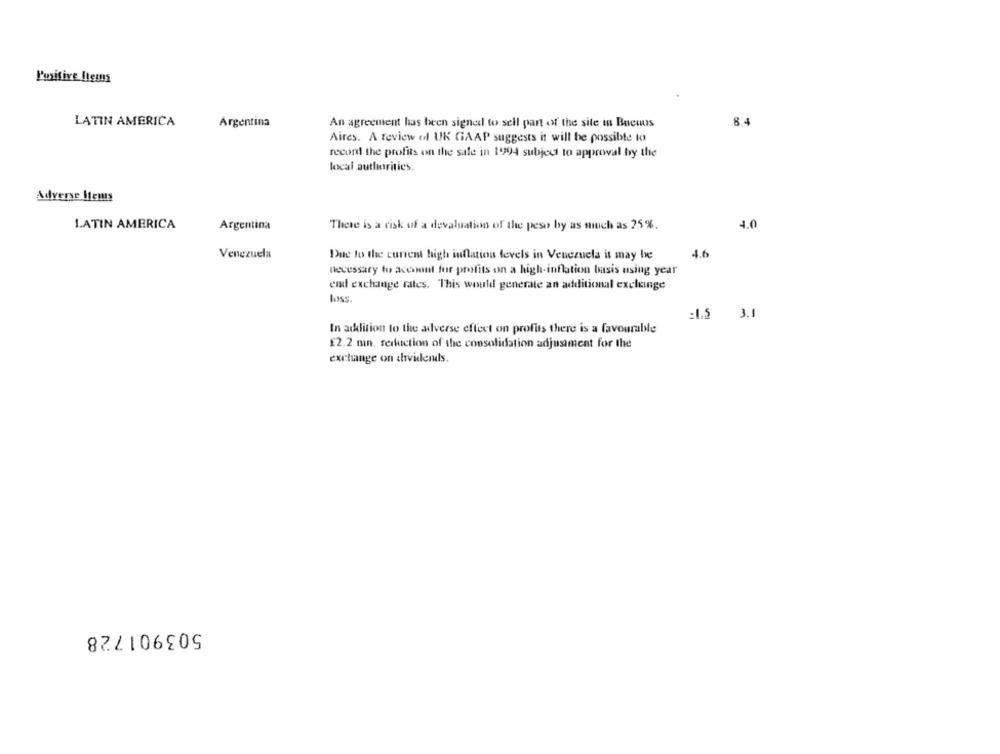
Positive Items
LATIN AMERICA
Argentina
An agreement has been signed to sell part of the site in Bucuus
8.4
Aires. A review of UK GAAP suggests it will be possible to
record the profits on the sale in 1994 subject to approval by the
local authorities
Adverse Items
LATIN AMERICA
Argentina
There is a risk of a devaluation of the peso by as much as 25%.
4.0
Venezuela
Due to the current high inflation levels in Venezuela it may be
4.6
necessary to acesont for profits on a high-inflation basis using year
ei exchange rates. This would generate an additional excluinge
loss
:1.5 3.1
In addition to the adverse effect on profits there is a favourable
£2.2 min. reduction of the consolidation adjustment for the
exchange on dividends.
503901728